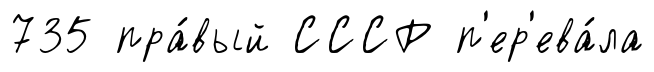
735 пра́вый СССР п'ер'ева́ла